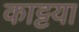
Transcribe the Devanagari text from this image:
काट्टया